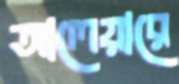
আলেয়ারে